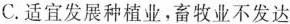
C.适宜发展种植业，畜牧业不发达